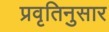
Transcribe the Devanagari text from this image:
प्रवृतिनुसार